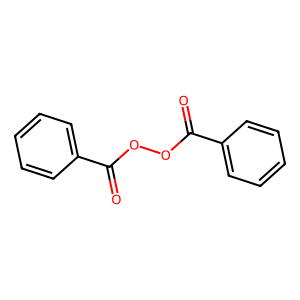
SMILES: O=C(OOC(=O)c1ccccc1)c1ccccc1
Inhibits HIV replication: No